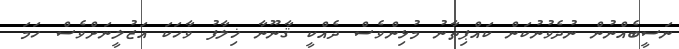
ނަސީބެއްނުން ނުދެވުނުކަން ކައްޕިތާނު މުޅިންވެސް ދެއްކީ ޤާނޫނާ ޚިލާފު ވާހަކަ އަޒުލީނަށްވެސް ހަމަ